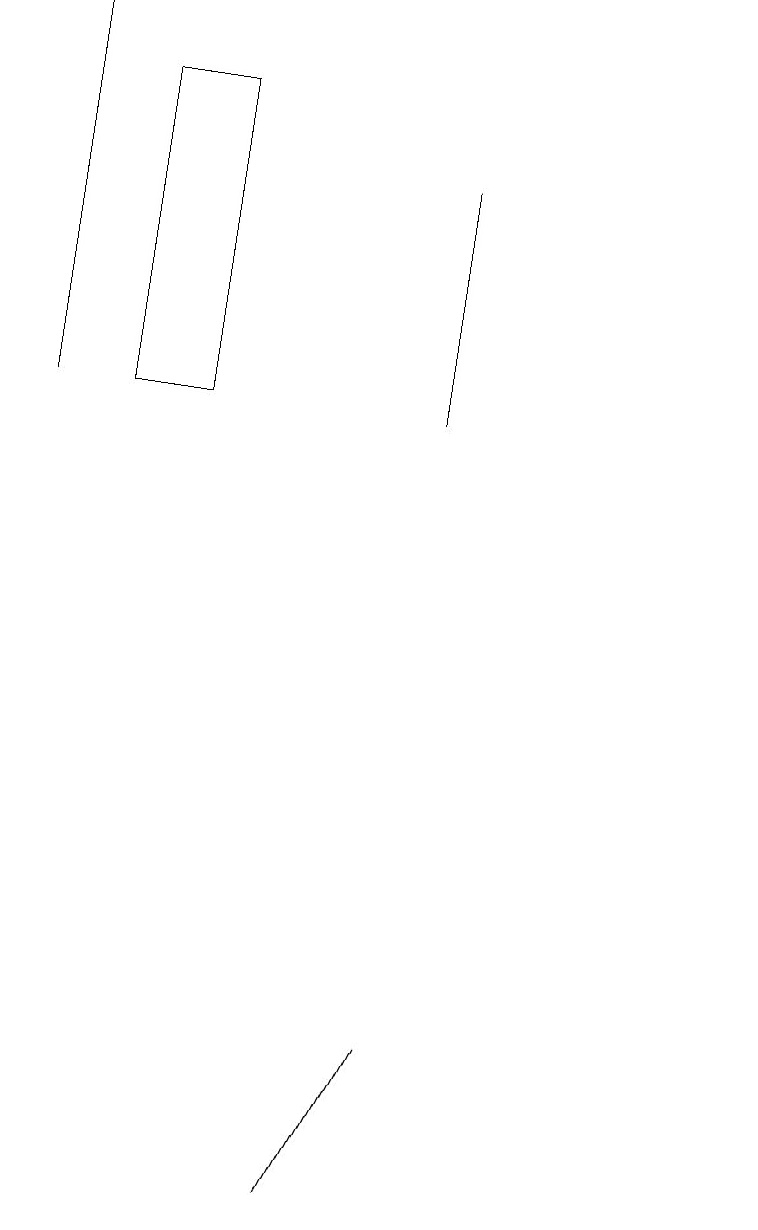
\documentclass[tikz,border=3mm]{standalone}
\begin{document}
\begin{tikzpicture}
\draw (10,10) circle (0);
\draw (1,15) rectangle (1,10);
\draw (5,0) -- (6,2) -- (5,0) -- cycle;
\draw (2,10) rectangle (3,14);
\draw (6,13) rectangle (6,10);
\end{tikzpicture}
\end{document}